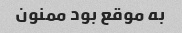
به موقع بود ممنون